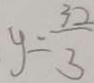
y = \frac { 3 2 } { 3 }